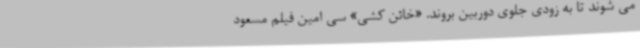
می شوند تا به زودی جلوی دوربین بروند. «خائن کشی» سی امین فیلم مسعود